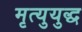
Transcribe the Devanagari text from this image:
मृत्युयुद्ध